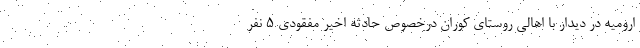
ارومیه در دیدار با اهالی روستای کوران درخصوص حادثه اخیر مفقودی ۵ نفر